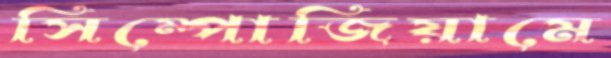
সিম্পোজিয়ামে